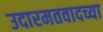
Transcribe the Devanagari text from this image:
उदारमतवादच्या